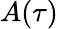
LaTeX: A(\tau)